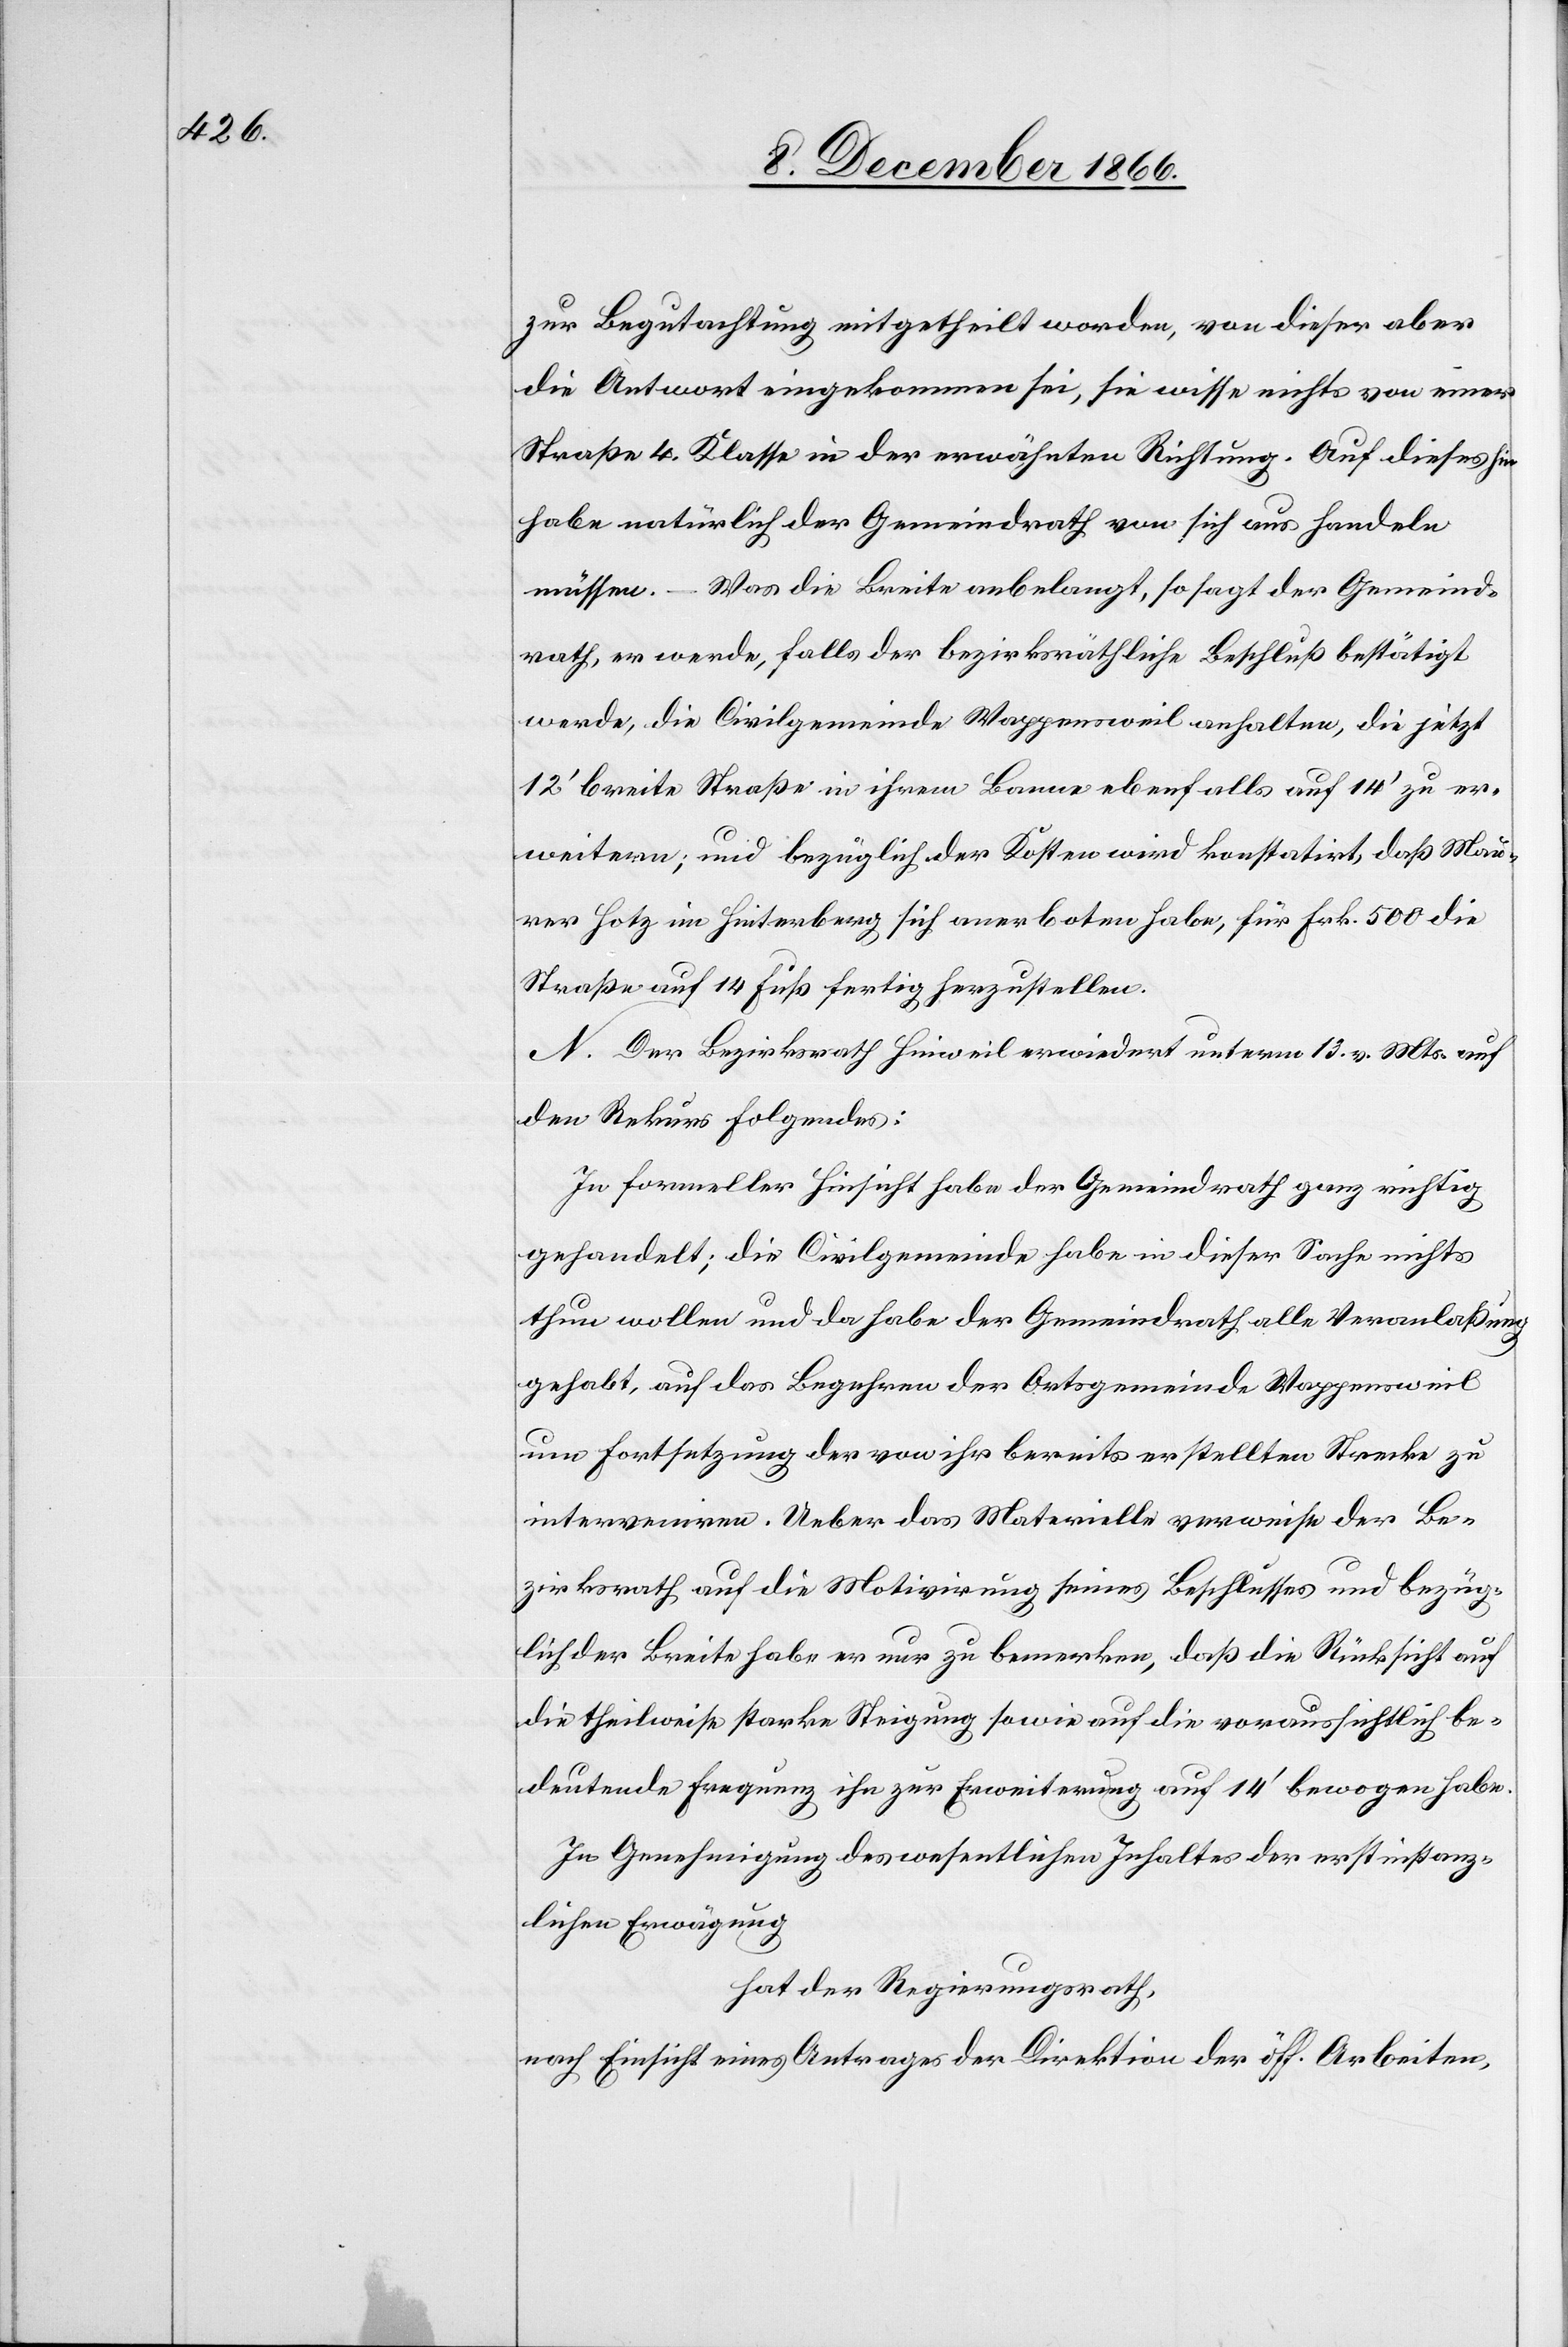
zur Begutachtung mitgetheilt worden, von dieser aber
die Antwort eingekommen sei, sie wisse nichts von einer
Straße 4. Klasse in der erwähnten Richtung. Auf dieses hin
habe natürlich der Gemeindrath von sich aus handeln
müssen. – Was die Breite anbelangt, so sagt der Gemeind¬
rath, er werde, falls der bezirksräthliche Beschluß bestätigt
werde, die Civilgemeinde Wappensweil anhalten, die jetzt
12‘ breite Straße in ihrem Banne ebenfalls auf 14‘ zu er¬
weitern; und bezüglich der Kosten wird konstatirt, daß Mau¬
rer Hotz im Hinterberg sich anerboten habe, für Frk. 500 die
Straße auf 14 Fuß fertig herzustellen.
N. Der Bezirksrath Hinweil erwiedert unterm 13. v. Mts. auf
den Rekurs folgendes:
In formeller Hinsicht habe der Gemeindrath ganz richtig
gehandelt; die Civilgemeinde habe in dieser Sache nichts
thun wollen und da habe der Gemeindrath alle Veranlaßung
gehabt, auf das Begehren der Ortsgemeinde Wappensweil
um Fortsetzung der von ihr bereits erstellten Strecke zu
interveniren. Ueber das Materielle verweise der Be¬
zirksrath auf die Motivirung seines Beschlusses und bezüg¬
lich der Breite habe er nur zu bemerken, daß die Rücksicht auf
die theilweise starke Steigung sowie auf die voraussichtlich be¬
deutende Frequenz ihn zur Erweiterung auf 14‘ bewogen habe.
In Genehmigung des wesentlichen Inhaltes der erstinstanz¬
lichen Erwägung,
hat der Regierungsrath,
nach Einsicht eines Antrages der Direktion der öff. Arbeiten,